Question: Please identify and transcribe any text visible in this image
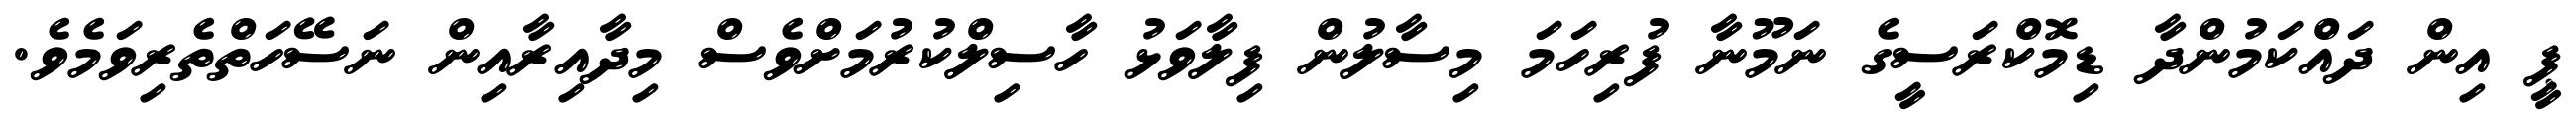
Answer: ޕީ އިން ދައްކަމުންދާ ޑިމޮކްރަސީގެ ނަމޫނާ ފުރިހަމަ މިސާލުން ފިލާވަޅު ހާސިލްކުރުމަށްވެސް މިދާއިރާއިން ނަސޭހަތްތެރިވަމެވެ.